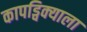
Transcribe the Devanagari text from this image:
कापड्विक्याला